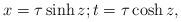
LaTeX: \begin{align*} x = \tau \sinh z; t = \tau \cosh z,\end{align*}